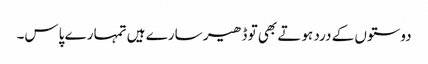
دوستوں کے درد ہوتے بھی تو ڈھیر سارے ہیں تمہارے پاس۔